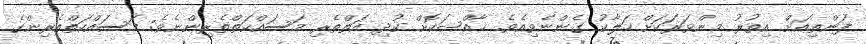
ފަންތިއަށް އިތުރު މިންވަރަކަށް ހަލާކު ގެންނެވިއެވެ. ޚާއްޞަކޮށް ކުދި އަތްތެރި މަސައްކަތްތެރިންނެވެ; މަސައްކަތްތެރިންގެ